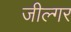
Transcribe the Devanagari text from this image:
जील्‍गर